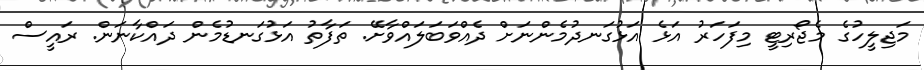
މަޖިލީހުގެ މެޖޯރިޓީ މިފަހަރު އަޅެ އަޅުގަނދުމެންނަށް ދެއްވަބަލައްވާށޭ. ތަފާތު އަޅުގަނޑުމެން ދައްކާނަން. ރައީސް